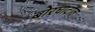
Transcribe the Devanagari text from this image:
बोरघाटात